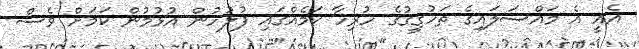
އެއީ އެ މައްސަލައިގެ ތަހުގީގުގެ ހުރިހާ ކަމެއްގައި ފުލުހުން އުޅުމުން ކަމަށް ވެސް